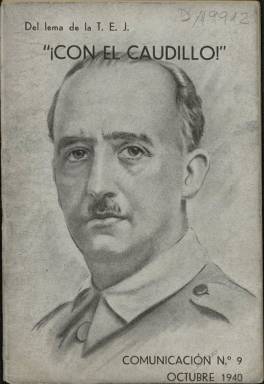
Título: Comunicación (T.E.J.)
Colección: Guerra civil
Ámbito geográfico: Madrid
Lugar de publicación: Madrid
Fechas: 01/10/1940-31/01/1941